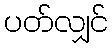
ပတ်လျှင်